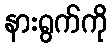
နားရွက်ကို